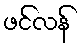
ဖင်လန်